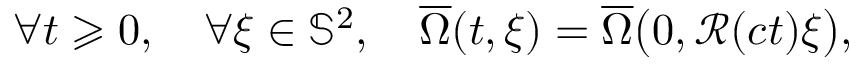
\forall t \geqslant 0 , \quad \forall \xi \in \mathbb { S } ^ { 2 } , \quad \overline { { \Omega } } ( t , \xi ) = \overline { { \Omega } } \big ( 0 , \mathcal { R } ( c t ) \xi \big ) ,